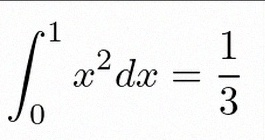
\int_0^1 x^2dx=\frac13